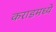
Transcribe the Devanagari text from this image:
कराडमध्ये